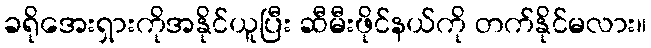
ခရိုအေးရှားကိုအနိုင်ယူပြီး ဆီမီးဖိုင်နယ်ကို တက်နိုင်မလား။